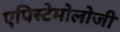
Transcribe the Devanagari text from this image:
एपिस्टेमोलोजी